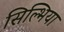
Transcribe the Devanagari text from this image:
सिल्भिया